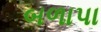
બળાપા